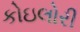
કોઇલોરી